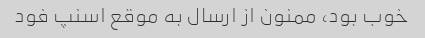
خوب بود، ممنون از ارسال به موقع اسنپ فود